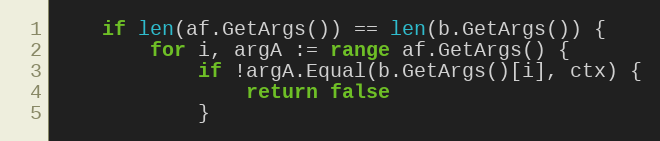
Language: Go
	if len(af.GetArgs()) == len(b.GetArgs()) {
		for i, argA := range af.GetArgs() {
			if !argA.Equal(b.GetArgs()[i], ctx) {
				return false
			}